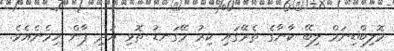
މޮލިބްޑިނަމް ލިބޭ ކާނާގެ ތެރޭގައި ކިރު މޭގަނޑު ތޮޅި އަދި ޕާން ހިމެނެއެވެ.